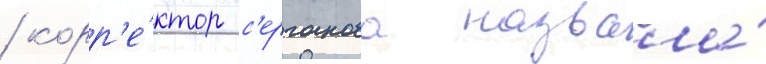
/ корр'е́ктор с'ерганова назвала́